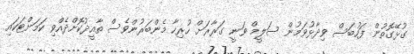
ގުޅޭގޮތުން ފަހުބަސް ވިދާޅުވަމުން ސަލީމް ވަނީ ގަރާރަށް ހުރިހާ މެންބަރުންވެސް ތާއީދުކޮށްދެއްވި ކަމަށްޓަކައި